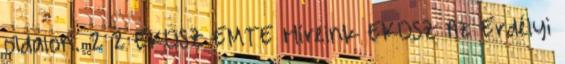
oldalon. 2 2 EKOSZ EMTE Híreink EKOSZ Az Erdélyi